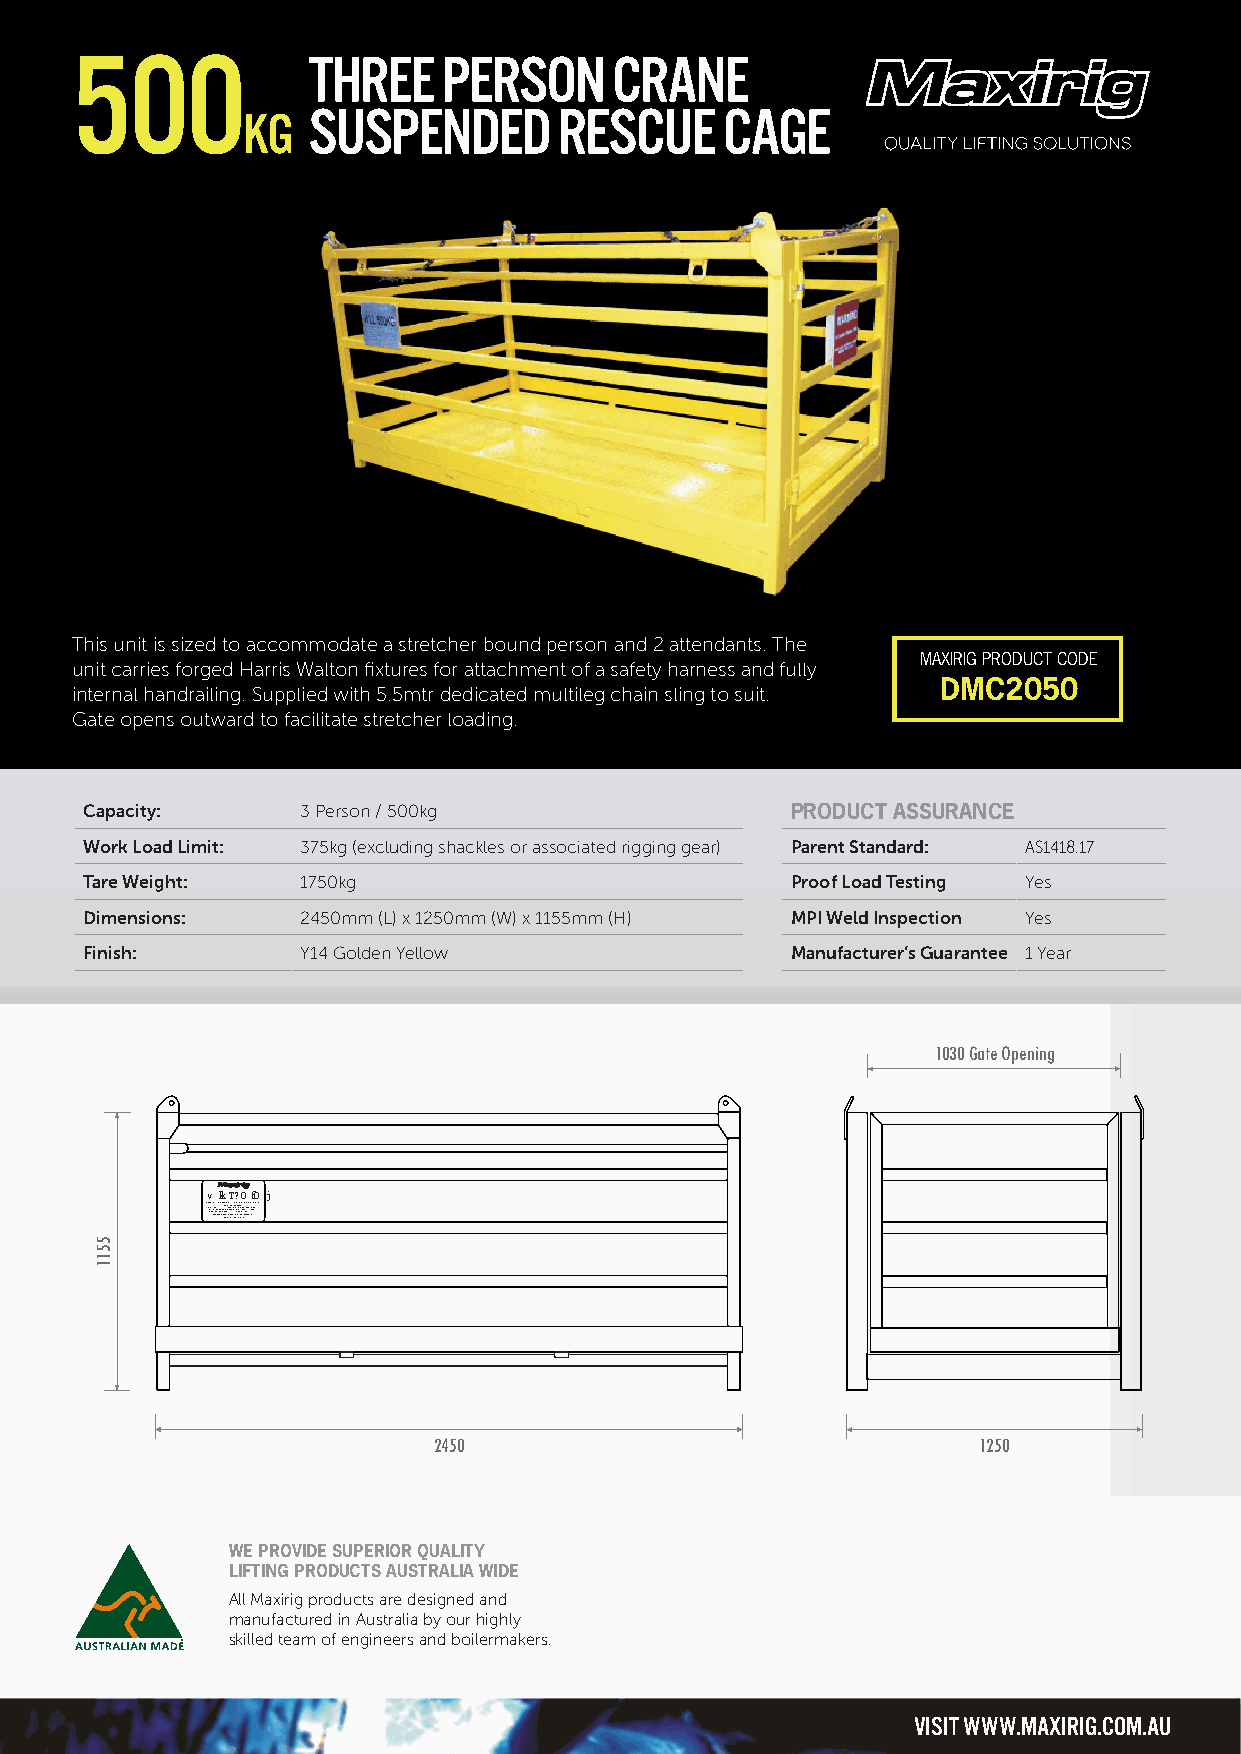
500
 THREE    PERSON      CRANE
 KG  SUSPENDED        RESCUE     CAGE
 This unit is sized to accommodate a stretcher bound person and 2 attendants. The
 MAXIRIG PRODUCT CODE
 unit carries forged Harris Walton fixtures for attachment of a safety harness and fully
 DMC2050
 internal handrailing. Supplied with 5.5mtr dedicated multileg chain sling to suit.
 Gate opens outward to facilitate stretcher loading.
 Capacity:     3 Person / 500kg                PRODUCT ASSURANCE
 Work Load Limit: 375kg (excluding shackles or associated rigging gear) Parent Standard: AS1418.17
 Tare Weight:  1750kg                          Proof Load Testing Yes
 Dimensions:   2450mm (L) x 1250mm (W) x 1155mm (H) MPI Weld Inspection Yes
 Finish:       Y14 Golden Yellow               Manufacturer’s Guarantee 1 Year
 1030 Gate Opening
 v kkT?OfO j
 MTA MaPXriernIM oi:mW oU3fu7 o M T5mr keK1 ssAG taP l NlfE oe oR w D :CS a 9eobO s9S ml N ei 9e g p S 9 r(nl i i RM ea I R N a sl a eNtC wx e gLoi idm i tU: sh ) tuM D CrA m a IR Sr N taD i9 1HG ona9 4noe 9 t1T ei Ns9 8CO t .ooe 1aO f:d 7p L TVa SLec0os i6& ttay:2 d M :01 :131 A1 20/T 170E 3150R /0K1IK1GAGLS
 2450                                1250
 WE PROVIDE SUPERIOR QUALITY
 LIFTING PRODUCTS AUSTRALIA WIDE
 All Maxirig products are designed and
 manufactured in Australia by our highly
 skilled team of engineers and boilermakers.
 VISIT WWW.MAXIRIG.COM.AU
 5511